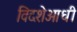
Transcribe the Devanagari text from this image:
विदशेआधी